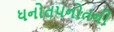
ધનોતપનોતની